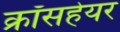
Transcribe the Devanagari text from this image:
क्रॉसहेयर